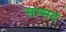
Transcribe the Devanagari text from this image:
सम्मद